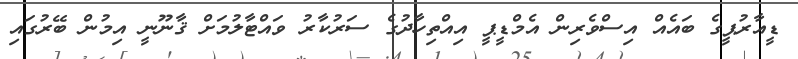
ޑީއާރުޕީގެ ބައެއް އިސްވެރިން އެމްޑީޕީ އިއްތިހާދުގެ ސަރުކާރު ވައްޓާލުމަށް ޤާނޫނީ އިމުން ބޭރުގައި